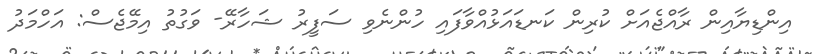
އިންޑިޔާއިން ރާއްޖެއަށް ކުރިން ކަނޑައަޅުއްވާފައި ހުންނެވި ސަފީރު ޝަހާރޭ- ވަގުތު އިމޭޖެސް: އަހްމަދު